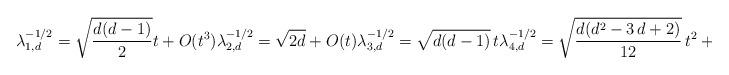
LaTeX: \begin{align*}\lambda_{1,d}^{-1/2} = \sqrt{\frac{d(d-1)}{2}}t + O(t^3) \lambda_{2,d}^{-1/2} = \sqrt{2d} + O(t) \lambda_{3,d}^{-1/2} = \sqrt{d(d-1)} \, t \lambda_{4,d}^{-1/2} = \sqrt{{\frac {d({d}^{2}-3\,d+2)}{12 }}} \, t^2 + O(t^3).\end{align*}